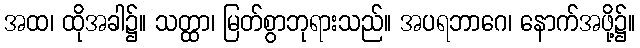
အထ၊ ထိုအခါ၌။ သတ္ထာ၊ မြတ်စွာဘုရားသည်။ အပရဘာဂေ၊ နောက်အဖို့၌။